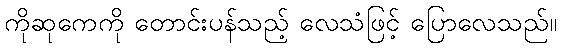
ကိုဆုကေကို တောင်းပန်သည့် လေသံဖြင့် ပြောလေသည်။